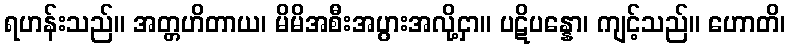
ရဟန်းသည်။ အတ္တဟိတာယ၊ မိမိအစီးအပွားအလို့ငှာ။ ပဋိပန္နော၊ ကျင့်သည်။ ဟောတိ၊